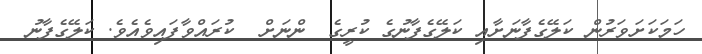
ހަމަކަށަވަރުން ކަލޭގެފާނަށާއި ކަލޭގެފާނުގެ ކުރީގެ  ންނަށް  ކުރައްވާފައިވެއެވެ. ކަލޭގެފާނު